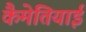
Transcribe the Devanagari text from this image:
कैमेतियाई